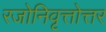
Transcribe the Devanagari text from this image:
रजोनिवृत्तोत्तर